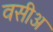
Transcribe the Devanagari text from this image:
वसीअ